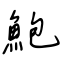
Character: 鮑